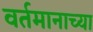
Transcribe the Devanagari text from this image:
वर्तमानाच्या